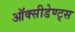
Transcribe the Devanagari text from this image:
ऑक्सीडेण्ट्स